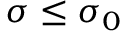
\sigma \leq \sigma _ { 0 }